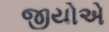
જીયોએ